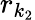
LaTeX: r_{k_{2}}